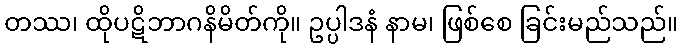
တဿ၊ ထိုပဋိဘာဂနိမိတ်ကို။ ဥပ္ပါဒနံ နာမ၊ ဖြစ်စေ ခြင်းမည်သည်။